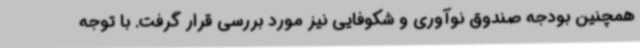
همچنین بودجه صندوق نوآوری و شکوفایی نیز مورد بررسی قرار گرفت. با توجه